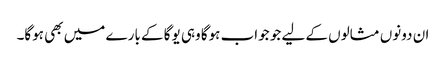
ان دونوں مثالوں کے لیے جو جواب ہوگا وہی یوگا کے بارے میں بھی ہوگا۔